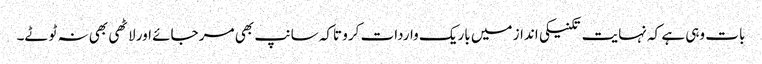
بات وہی ہے کہ نہایت تکنیکی انداز میں باریک واردات کرو تاکہ سانپ بھی مر جائے اور لاٹھی بھی نہ ٹوٹے۔